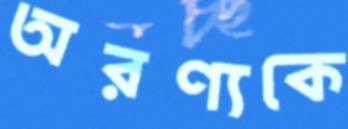
অরণ্যকে